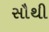
સૌથી